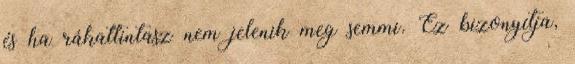
és ha rákattintasz nem jelenik meg semmi. Ez bizonyítja,